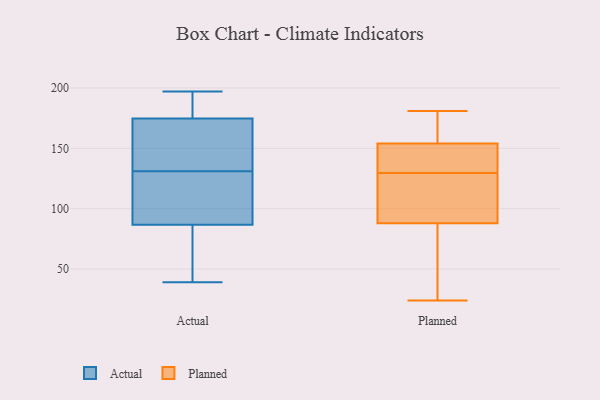
{"axis": {"x": "Backlog", "y": "Value"}, "legend": ["Actual", "Planned"], "data": [{"x": "", "y": 117, "type": "Actual"}, {"x": "", "y": 61, "type": "Actual"}, {"x": "", "y": 90, "type": "Actual"}, {"x": "", "y": 173, "type": "Actual"}, {"x": "", "y": 197, "type": "Actual"}, {"x": "", "y": 61, "type": "Actual"}, {"x": "", "y": 77, "type": "Actual"}, {"x": "", "y": 180, "type": "Actual"}, {"x": "", "y": 131, "type": "Actual"}, {"x": "", "y": 195, "type": "Actual"}, {"x": "", "y": 168, "type": "Actual"}, {"x": "", "y": 99, "type": "Actual"}, {"x": "", "y": 194, "type": "Actual"}, {"x": "", "y": 147, "type": "Actual"}, {"x": "", "y": 138, "type": "Actual"}, {"x": "", "y": 114, "type": "Actual"}, {"x": "", "y": 39, "type": "Actual"}, {"x": "", "y": 112, "type": "Planned"}, {"x": "", "y": 145, "type": "Planned"}, {"x": "", "y": 45, "type": "Planned"}, {"x": "", "y": 154, "type": "Planned"}, {"x": "", "y": 88, "type": "Planned"}, {"x": "", "y": 138, "type": "Planned"}, {"x": "", "y": 118, "type": "Planned"}, {"x": "", "y": 135, "type": "Planned"}, {"x": "", "y": 124, "type": "Planned"}, {"x": "", "y": 181, "type": "Planned"}, {"x": "", "y": 177, "type": "Planned"}, {"x": "", "y": 84, "type": "Planned"}, {"x": "", "y": 24, "type": "Planned"}, {"x": "", "y": 166, "type": "Planned"}]}